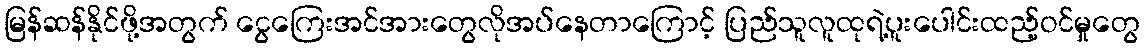
မြန်ဆန်နိုင်ဖို့အတွက် ငွေကြေးအင်အားတွေလိုအပ်နေတာကြောင့် ပြည်သူလူထုရဲ့ပူးပေါင်းထည့်ဝင်မှုတွေ